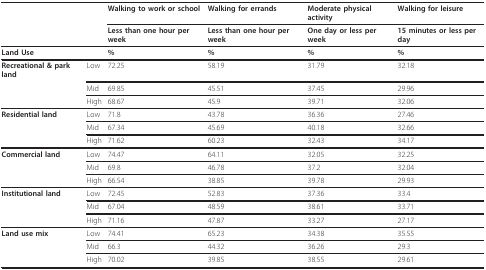
|  |  | Walking to work or school | Walking for errands | Moderate physical activity | Walking for leisure |
 |  |  | Less than one hour per week | Less than one hour per week | One day or less per week | 15 minutes or less per day |
 | --- | --- | --- | --- | --- | --- |
 | <COLSPAN=2> Land Use | % | % | % | % |
 | Recreational & park land | Low | 72.25 | 58.19 | 31.79 | 32.18 |
 |  | Mid | 69.85 | 45.51 | 37.45 | 29.96 |
 |  | High | 68.67 | 45.9 | 39.71 | 32.06 |
 | Residential land | Low | 71.8 | 43.78 | 36.36 | 27.46 |
 |  | Mid | 67.34 | 45.69 | 40.18 | 32.66 |
 |  | High | 71.62 | 60.23 | 32.43 | 34.17 |
 | Commercial land | Low | 74.47 | 64.11 | 32.05 | 32.25 |
 |  | Mid | 69.8 | 46.78 | 37.2 | 32.04 |
 |  | High | 66.54 | 38.85 | 39.78 | 29.93 |
 | Institutional land | Low | 72.45 | 52.83 | 37.36 | 33.4 |
 |  | Mid | 67.04 | 48.59 | 38.61 | 33.71 |
 |  | High | 71.16 | 47.87 | 33.27 | 27.17 |
 | Land use mix | Low | 74.41 | 65.23 | 34.38 | 35.55 |
 |  | Mid | 66.3 | 44.32 | 36.26 | 29.3 |
 |  | High | 70.02 | 39.85 | 38.55 | 29.61 |